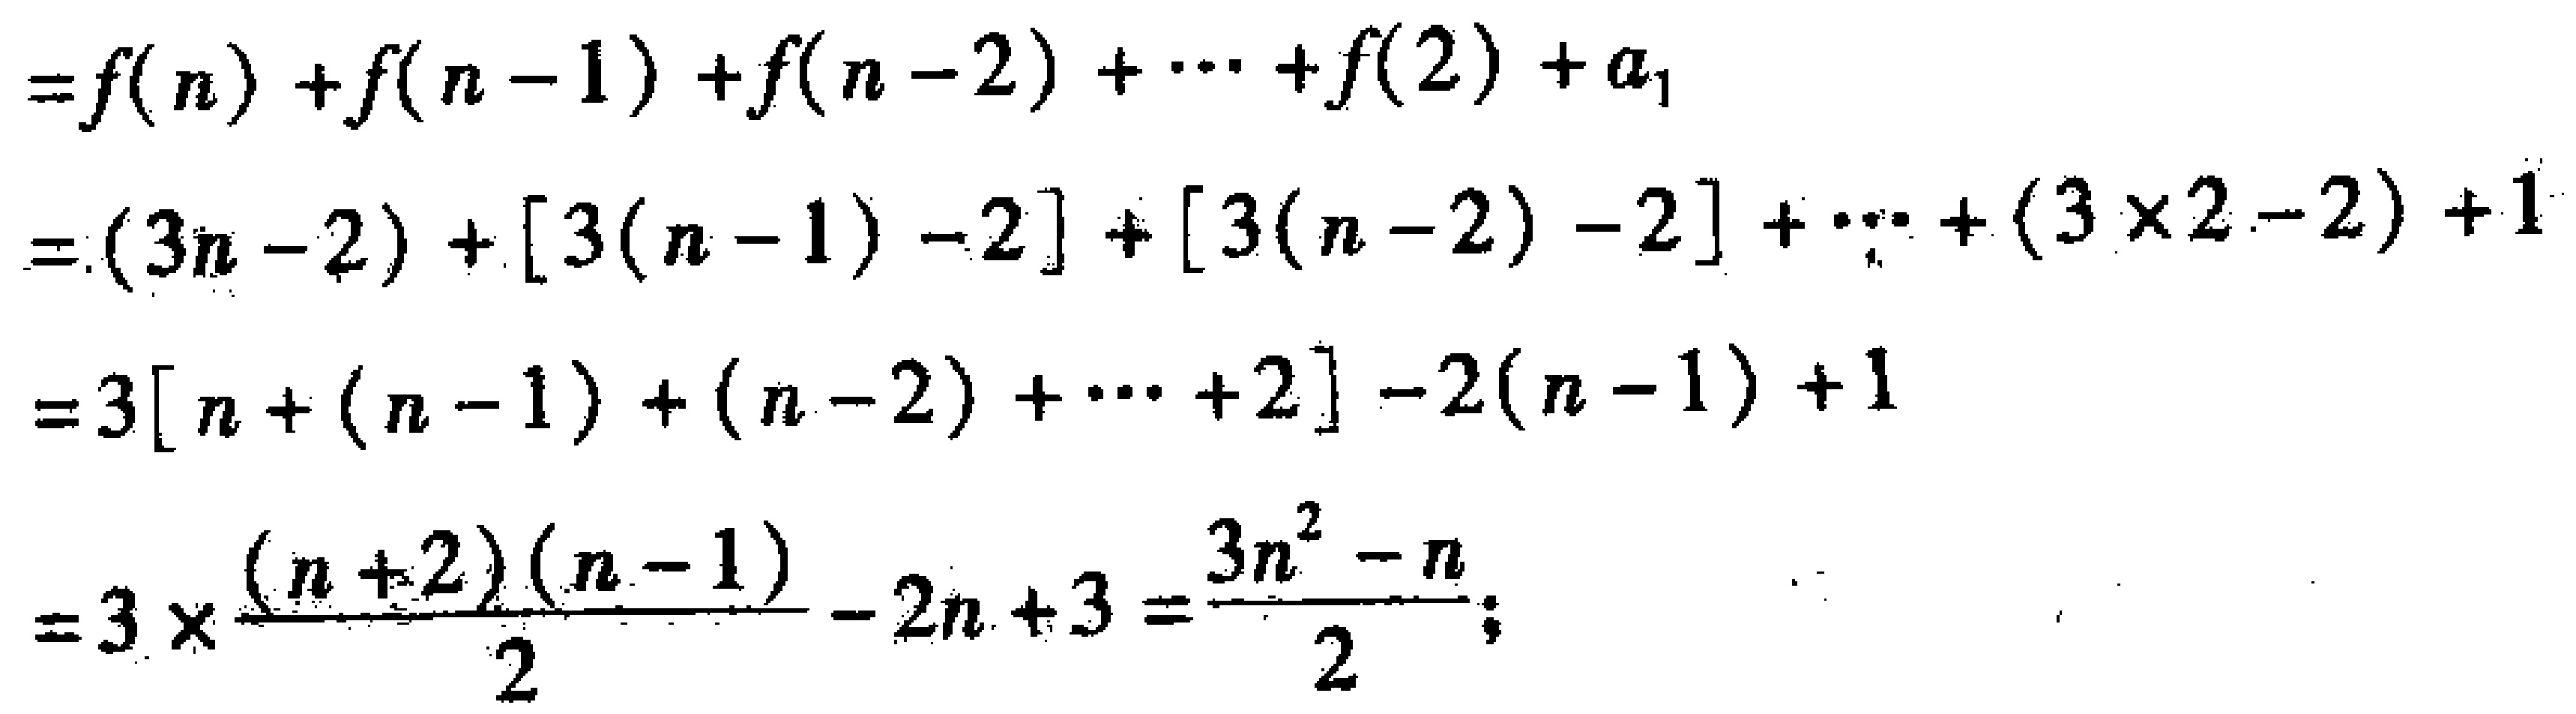
\[
\begin{align*}
&=f(n)+f(n - 1)+f(n - 2)+\cdots +f(2)+a_1\\
&=(3n - 2)+[3(n - 1)-2]+[3(n - 2)-2]+\cdots+(3\times2 - 2)+1\\
&=3[n+(n - 1)+(n - 2)+\cdots + 2]-2(n - 1)+1\\
&=3\times\frac{(n + 2)(n - 1)}{2}-2n + 3=\frac{3n^2 - n}{2};
\end{align*}
\]